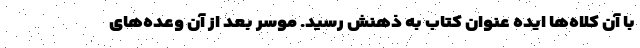
با آن کلاه‌ها ایده عنوان کتاب به ذهنش رسید. موسر بعد از آن وعده‌های